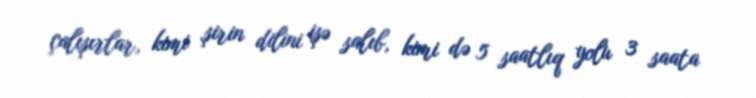
çalışırlar, kimi şirin dilini işə salıb, kimi də 5 saatlıq yolu 3 saata